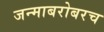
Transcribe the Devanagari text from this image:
जन्माबरोबरच